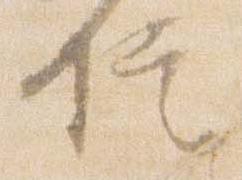
信